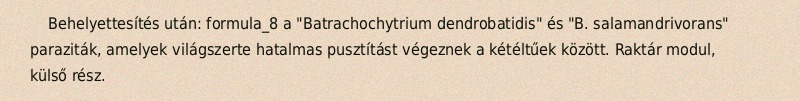
Behelyettesítés után: formula_8 a "Batrachochytrium dendrobatidis" és "B. salamandrivorans" paraziták, amelyek világszerte hatalmas pusztítást végeznek a kétéltűek között. Raktár modul, külső rész.